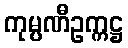
ကုမ္ပဏီဥက္ကဋ္ဌ